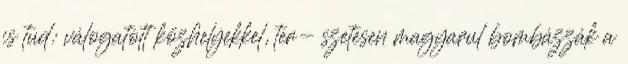
is tud: válogatott közhelyekkel, ter- szetesen magyarul bombázzák a